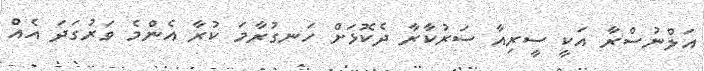
އަލްނުސްރާ އަކީ ސީރިއާ ސަރުކާރާ ދެކޮޅަށް ހަނގުރާމަ ކުރާ އެންމެ ވަރުގަދަ އެެއް